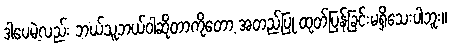
ဒါပေမဲ့လည်း ဘယ်သူဘယ်ဝါဆိုတာကိုတော့ အတည်ပြု ထုတ်ပြန်ခြင်းမရှိသေးပါဘူး။